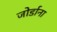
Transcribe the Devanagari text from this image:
जोर्डाना